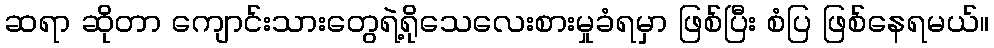
ဆရာ ဆိုတာ ကျောင်းသားတွေရဲ့ရိုသေလေးစားမှုခံရမှာ ဖြစ်ပြီး စံပြ ဖြစ်နေရမယ်။